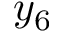
y _ { 6 }